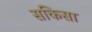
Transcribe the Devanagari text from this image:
सकिसा